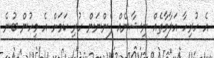
އެ ހުރިހާ އަލާމާތެއް ނިޝާނެއް ފެންނަން ހުރި ކަމަށް އެ މީހުން ބުނެ